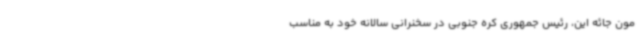
مون جائه این،‌ رئیس جمهوری کره جنوبی در سخنرانی سالانه خود به مناسب